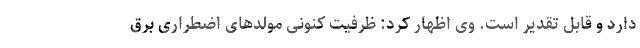
دارد و قابل تقدیر است. وی اظهار کرد: ظرفیت کنونی مولدهای اضطراری برق